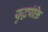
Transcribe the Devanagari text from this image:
युद्धपंक्ति